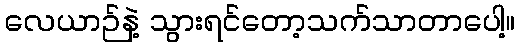
လေယာဉ်နဲ့ သွားရင်တော့သက်သာတာပေါ့။